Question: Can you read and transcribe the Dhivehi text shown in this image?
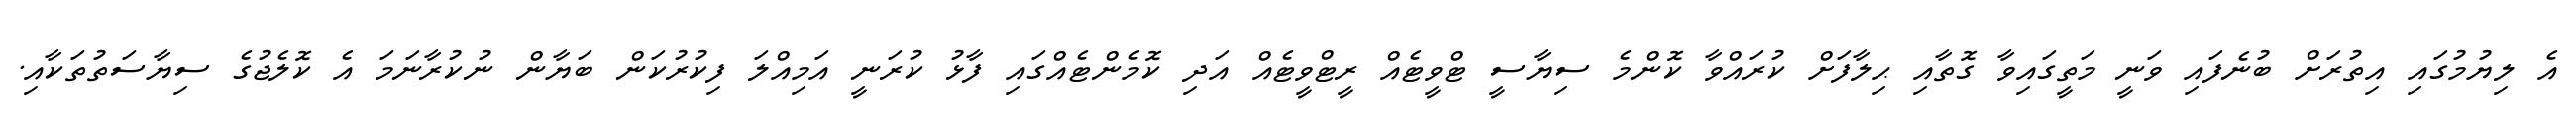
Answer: އެ ލިޔުމުގައި އިތުރަށް ބުނެފައި ވަނީ މަތީގައިވާ ގޮތާއި ޙިލާފަށް ކުރައްވާ ކޮންމެ ސިޔާސީ ޓްވީޓެއް ރީޓްވީޓެއް އަދި ކޮމެންޓެއްގައި ފާޅު ކުރަނީ އަމިއްލަ ފިކުރުކަން ބަޔާން ނުކުރާނަމަ އެ ކޮލެޖުގެ ސިޔާސަތުތަކާއި.